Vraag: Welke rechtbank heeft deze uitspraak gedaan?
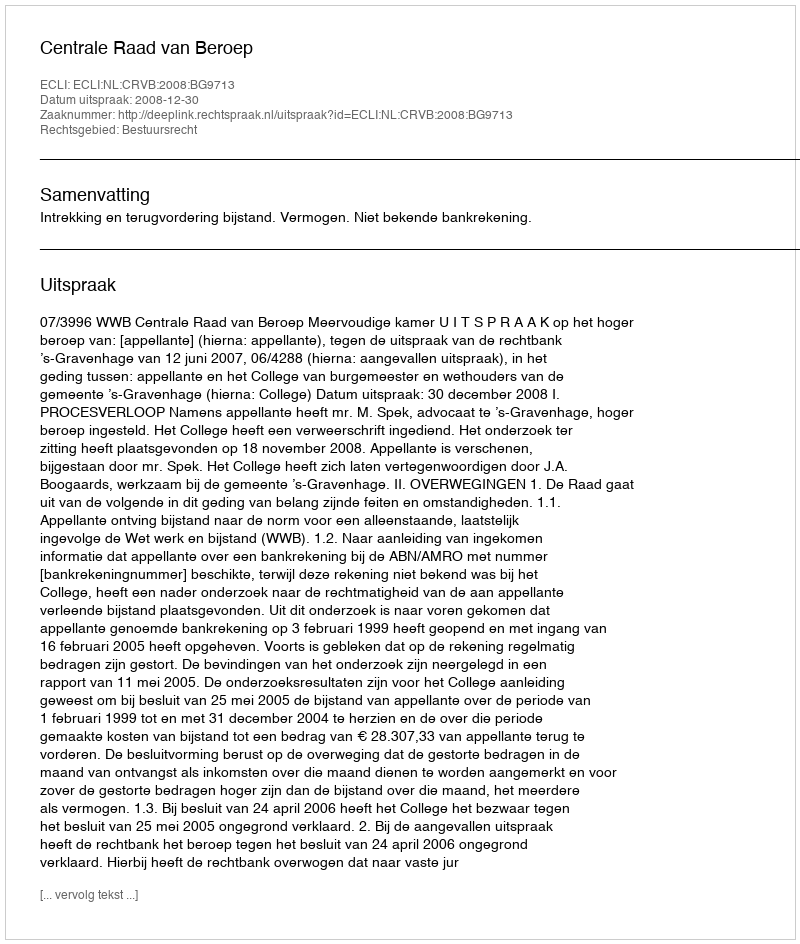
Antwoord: Centrale Raad van Beroep